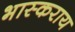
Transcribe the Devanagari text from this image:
भास्कराय